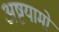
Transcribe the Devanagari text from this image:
अष्टयामों